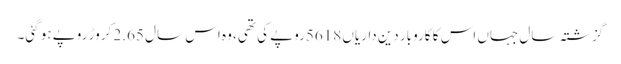
گزشتہ سال جہاں اس کا کاروبار دین داریاں 5618روپے کی تھی، وہ اس سال 2.65 کروڑ روپے ہو گئی۔